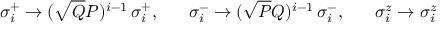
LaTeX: \sigma _ { i } ^ { + } \rightarrow ( \sqrt { Q } { P } ) ^ { i - 1 } \, \sigma _ { i } ^ { + } , \; \; \; \; \; \; \sigma _ { i } ^ { - } \rightarrow ( \sqrt { P } { Q } ) ^ { i - 1 } \, \sigma _ { i } ^ { - } , \; \; \; \; \; \; \sigma _ { i } ^ { z } \rightarrow \sigma _ { i } ^ { z }